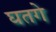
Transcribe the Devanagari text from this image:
घतगे